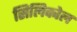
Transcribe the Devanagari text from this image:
सिलिकोल